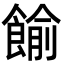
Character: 𩜶